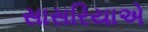
સાસરિયાએ